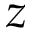
z